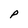
Character: P